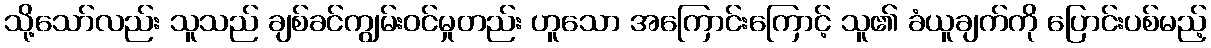
သို့သော်လည်း သူသည် ချစ်ခင်ကျွမ်းဝင်မှုတည်း ဟူသော အကြောင်းကြောင့် သူ၏ ခံယူချက်ကို ပြောင်းပစ်မည့်